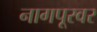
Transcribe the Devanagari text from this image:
नागपूरवर